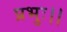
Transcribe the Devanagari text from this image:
प्रभुः।।